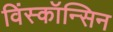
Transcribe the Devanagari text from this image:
विंस्कॉन्सिन